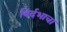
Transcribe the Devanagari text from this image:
विर्दभाचा